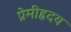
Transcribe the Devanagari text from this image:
प्रेमीहृदय